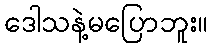
ဒေါသနဲ့မပြောဘူး။